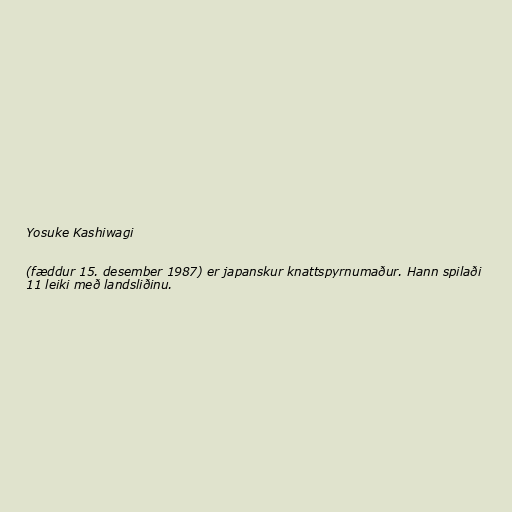
Yosuke Kashiwagi

(fæddur 15. desember 1987) er japanskur knattspyrnumaður. Hann spilaði
11 leiki með landsliðinu.